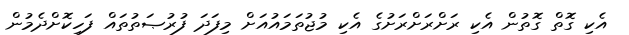
އެކި ގޮތް ގޮތުން އެކި ރަށްރަށްރަށުގެ އެކި މުޖުތަމައުއަށް މިފަދަ ފުރުޞަތުތައް ފަހިކޮށްދެމުން